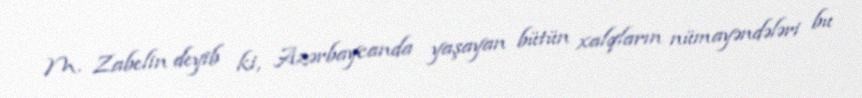
M. Zabelin deyib ki, Azərbaycanda yaşayan bütün xalqların nümayəndələri bu